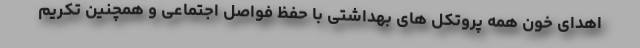
اهدای خون همه پروتکل های بهداشتی با حفظ فواصل اجتماعی و همچنین تکریم